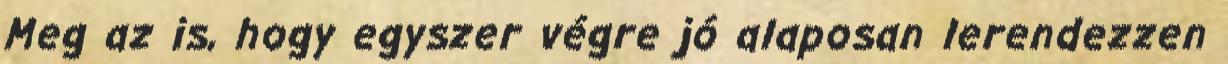
Meg az is, hogy egyszer végre jó alaposan lerendezzen